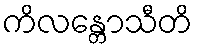
ကိလန္တောသီတိ